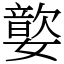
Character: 嬜